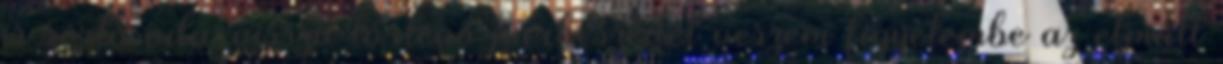
is sértő oda-vissza történő párbeszédét veszem figyelembe az elmúlt